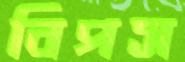
বিপস